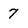
Character: 7